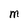
Character: M